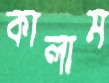
কালাম